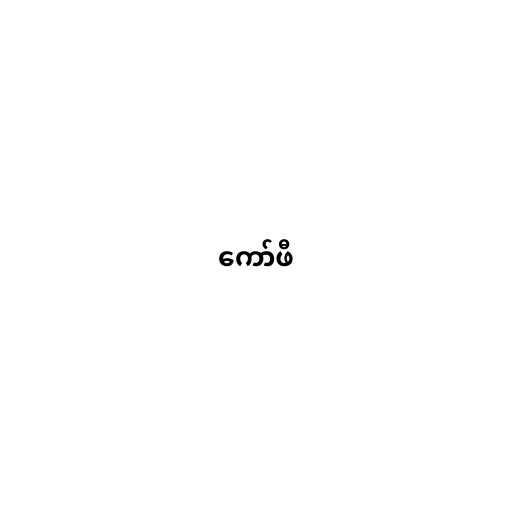
ကော်ဖီ